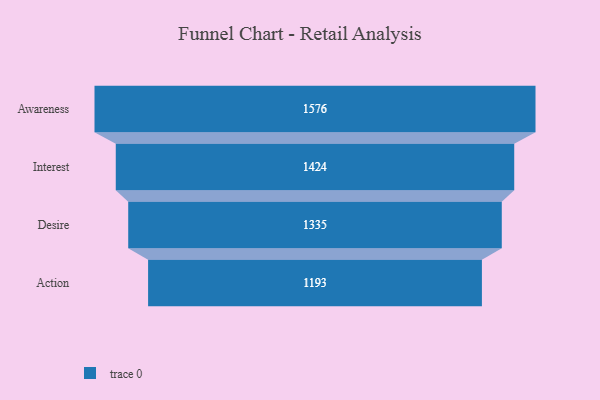
{"axis": {"x": "Stage", "y": "Value"}, "legend": [""], "data": [{"x": "Awareness", "y": 1576.0, "type": ""}, {"x": "Interest", "y": 1424.0, "type": ""}, {"x": "Desire", "y": 1335.0, "type": ""}, {"x": "Action", "y": 1193.0, "type": ""}]}